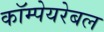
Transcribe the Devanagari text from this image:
कॉम्पेयरेबल